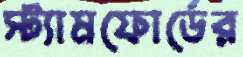
স্ট্যামফোর্ডের